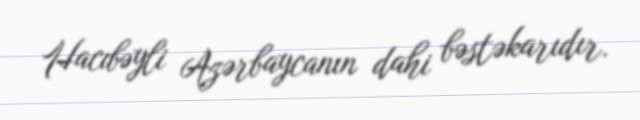
Hacıbəyli Azərbaycanın dahi bəstəkarıdır.